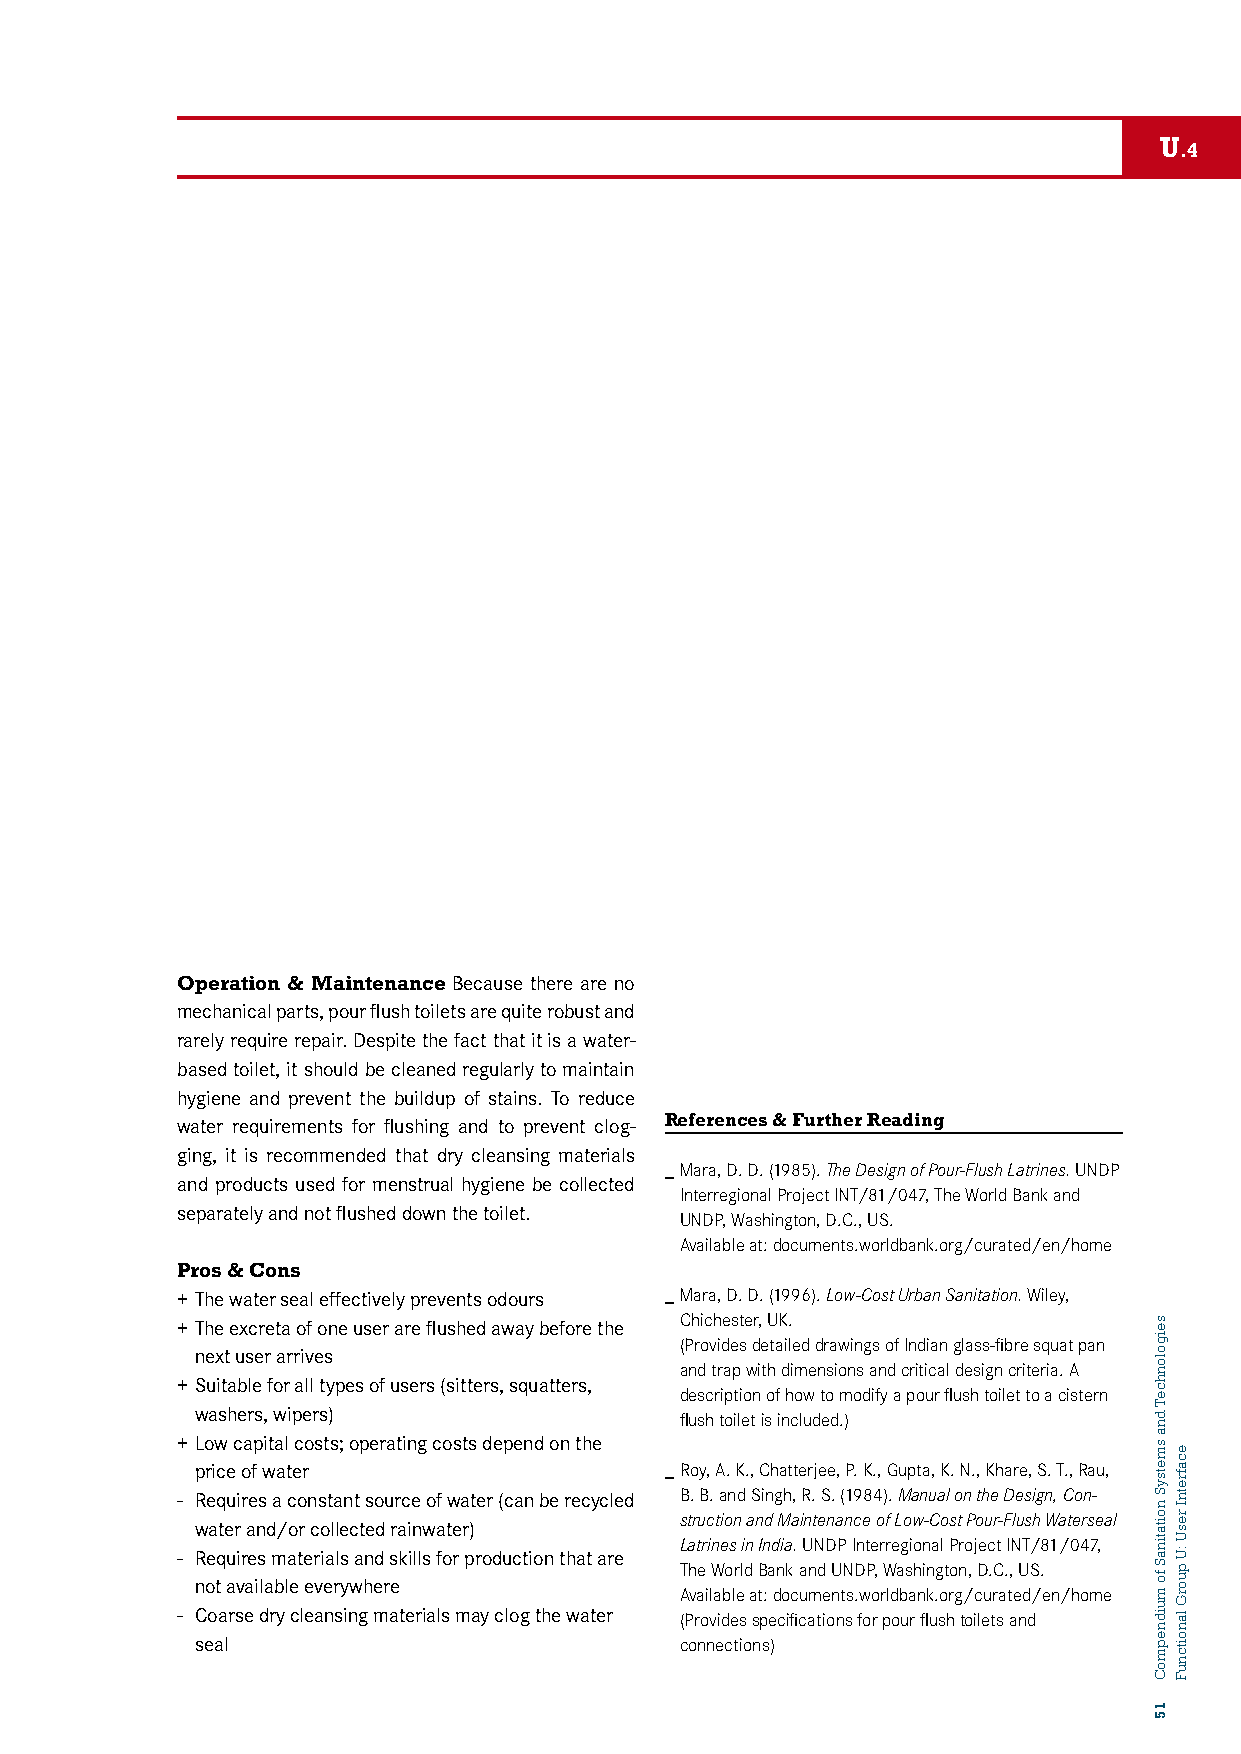
U
 .4
 Operation & Maintenance Because there are no
 mechanical parts, pour flush toilets are quite robust and
 rarely require repair. Despite the fact that it is a water-
 based toilet, it should be cleaned regularly to maintain
 hygiene and prevent the buildup of stains. To reduce
 References & Further Reading
 water requirements for flushing and to prevent clog-
 ging, it is recommended that dry cleansing materials
 _ Mara, D. D. (1985). The Design of Pour-Flush Latrines. UNDP
 and products used for menstrual hygiene be collected
 Interregional Project INT/81/047, The World Bank and
 separately and not flushed down the toilet.
 UNDP, Washington, D.C., US.
 Available at: documents.worldbank.org/curated/en/home
 Pros & Cons
 + The water seal effectively prevents odours _ Mara, D. D. (1996). Low-Cost Urban Sanitation. Wiley,
 Chichester, UK. + The excreta of one user are flushed away before the
 (Provides detailed drawings of Indian glass-fibre squat pan
 next user arrives
 and trap with dimensions and critical design criteria. A
 + Suitable for all types of users (sitters, squatters,
 description of how to modify a pour flush toilet to a cistern
 washers, wipers)                flush toilet is included.)
 + Low capital costs; operating costs depend on the
 price of water                 _ Roy, A. K., Chatterjee, P. K., Gupta, K. N., Khare, S. T., Rau,
 - Requires a constant source of water (can be recycled B. B. and Singh, R. S. (1984). Manual on the Design, Con-
 struction and Maintenance of Low-Cost Pour-Flush Waterseal
 water and/or collected rainwater)
 Latrines in India. UNDP Interregional Project INT/81/047,
 - Requires materials and skills for production that are
 The World Bank and UNDP, Washington, D.C., US.
 not available everywhere
 Available at: documents.worldbank.org/curated/en/home
 - Coarse dry cleansing materials may clog the water (Provides specifications for pour flush toilets and
 seal                            connections)
 seigolonhceT
 dna
 smetsyS
 noitatinaS
 fo
 muidnepmoC
 15
 ecafretnI
 resU
 :U
 puorG
 lanoitcnuF